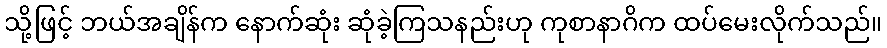
သို့ဖြင့် ဘယ်အချိန်က နောက်ဆုံး ဆုံခဲ့ကြသနည်းဟု ကုစာနာဂိက ထပ်မေးလိုက်သည်။